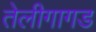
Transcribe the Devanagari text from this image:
तेलीगागड